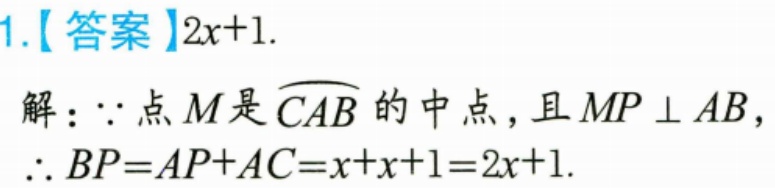
1.【答案】\(2x + 1\).
解：\(\because\)点\(M\)是\(\overset{\frown}{CAB}\)的中点，且\(MP\perp AB\)，
\(\therefore BP = AP + AC=x + x + 1 = 2x + 1\).